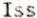
ISS